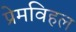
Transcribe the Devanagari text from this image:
प्रेमविहल